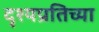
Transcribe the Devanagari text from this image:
दृश्यप्रतिच्या